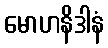
မောဟနိဒါနံ